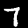
Digit: 7